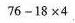
$$7 6 - 1 8 \times 4$$